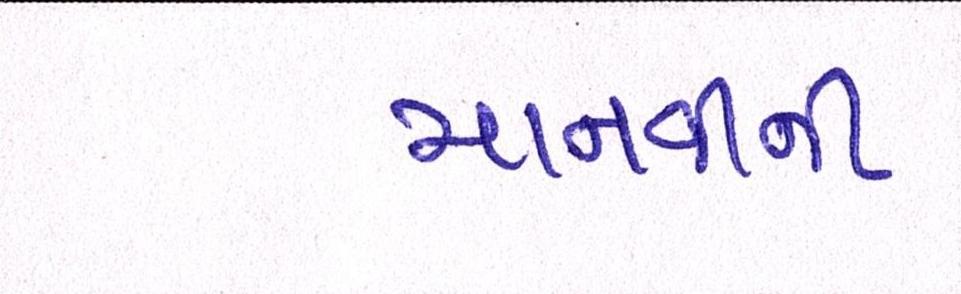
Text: માનવીની